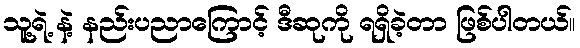
သူ့ရဲ့ နဲ့ နည်းပညာကြောင့် ဒီဆုကို ရရှိခဲ့တာ ဖြစ်ပါတယ်။